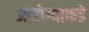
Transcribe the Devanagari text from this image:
आरोग्याकडे